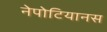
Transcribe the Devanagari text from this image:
नेपोटियानस